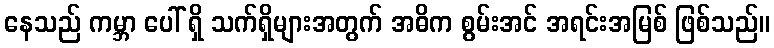
နေသည် ကမ္ဘာ ပေါ် ရှိ သက်ရှိများအတွက် အဓိက စွမ်းအင် အရင်းအမြစ် ဖြစ်သည်။